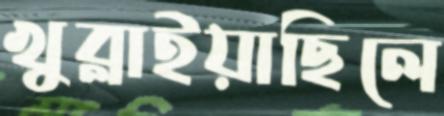
খুব্‌লাইয়াছিলে